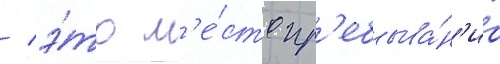
/ э́то м'е́сто пр'ебыва́н'иа